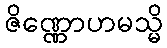
ဇိဏ္ဏောဟမသ္မိ